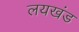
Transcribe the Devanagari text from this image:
लयखंड